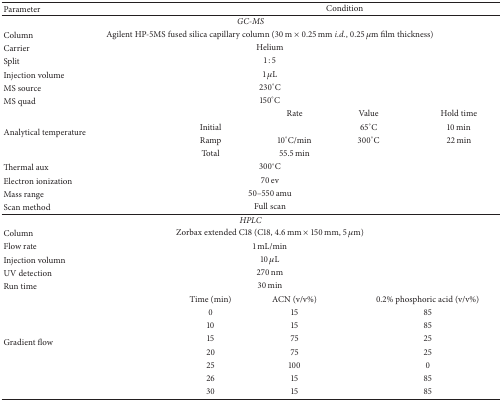
<table><thead><tr><td><b>Parameter</b></td><td colspan="4"><b>Condition</b></td></tr></thead><tbody><tr><td colspan="5"><i>GC-MS</i></td></tr><tr><td>Column</td><td colspan="4"> Agilent HP-5MS fused silica capillary column (30 m × 0.25 mm <i>i.d.</i>, 0.25 <i>μ</i>m film thickness)</td></tr><tr><td>Carrier</td><td colspan="4"> Helium</td></tr><tr><td>Split</td><td colspan="4"> 1 : 5</td></tr><tr><td>Injection volume</td><td colspan="4"> 1 <i>μ</i>L</td></tr><tr><td>MS source</td><td colspan="4"> 230°C</td></tr><tr><td>MS quad</td><td colspan="4"> 150°C</td></tr><tr><td rowspan="4">Analytical temperature</td><td> </td><td>Rate</td><td>Value</td><td>Hold time</td></tr><tr><td>Initial</td><td> </td><td>65°C</td><td>10 min</td></tr><tr><td>Ramp</td><td>10°C/min</td><td>300°C</td><td>22 min</td></tr><tr><td>Total</td><td>55.5 min</td><td> </td><td> </td></tr><tr><td>Thermal aux</td><td colspan="4"> 300°C</td></tr><tr><td>Electron ionization</td><td colspan="4"> 70 ev</td></tr><tr><td>Mass range</td><td colspan="4"> 50–550 amu</td></tr><tr><td>Scan method</td><td colspan="4"> Full scan</td></tr><tr><td colspan="5"><i>HPLC</i></td></tr><tr><td>Column</td><td colspan="4"> Zorbax extended C18 (C18, 4.6 mm × 150 mm, 5 <i>μ</i>m)</td></tr><tr><td>Flow rate</td><td colspan="4"> 1 mL/min</td></tr><tr><td>Injection volumn</td><td colspan="4"> 10 <i>μ</i>L</td></tr><tr><td>UV detection</td><td colspan="4"> 270 nm</td></tr><tr><td>Run time</td><td colspan="4"> 30 min</td></tr><tr><td rowspan="8">Gradient flow</td><td>Time (min)</td><td>ACN (v/v%)</td><td colspan="2">0.2% phosphoric acid (v/v%)</td></tr><tr><td>0</td><td>15</td><td colspan="2">85</td></tr><tr><td>10</td><td>15</td><td colspan="2">85</td></tr><tr><td>15</td><td>75</td><td colspan="2">25</td></tr><tr><td>20</td><td>75</td><td colspan="2">25</td></tr><tr><td>25</td><td>100</td><td colspan="2">0</td></tr><tr><td>26</td><td>15</td><td colspan="2">85</td></tr><tr><td>30</td><td>15</td><td colspan="2">85</td></tr></tbody></table>